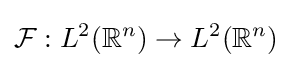
{\mathcal {F}}:L^{2}(\mathbb {R} ^{n})\to L^{2}(\mathbb {R} ^{n})